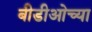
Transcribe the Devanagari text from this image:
बीडीओच्या